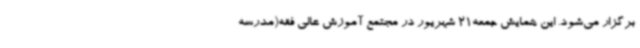
برگزار می‌شود. این همایش جمعه21 شهریور در مجتمع آموزش عالی فقه(مدرسه